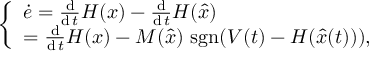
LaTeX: \left\{ \begin{array} { l l } { { \dot { e } } = { \frac { \operatorname { d } } { \operatorname { d } t } } H ( x ) - { \frac { \operatorname { d } } { \operatorname { d } t } } H ( { \hat { x } } ) } \\ { = { \frac { \operatorname { d } } { \operatorname { d } t } } H ( x ) - M ( { \hat { x } } ) \, \operatorname { s g n } ( V ( t ) - H ( { \hat { x } } ( t ) ) ) , } \end{array} \right.